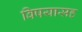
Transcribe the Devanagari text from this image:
विषयासह